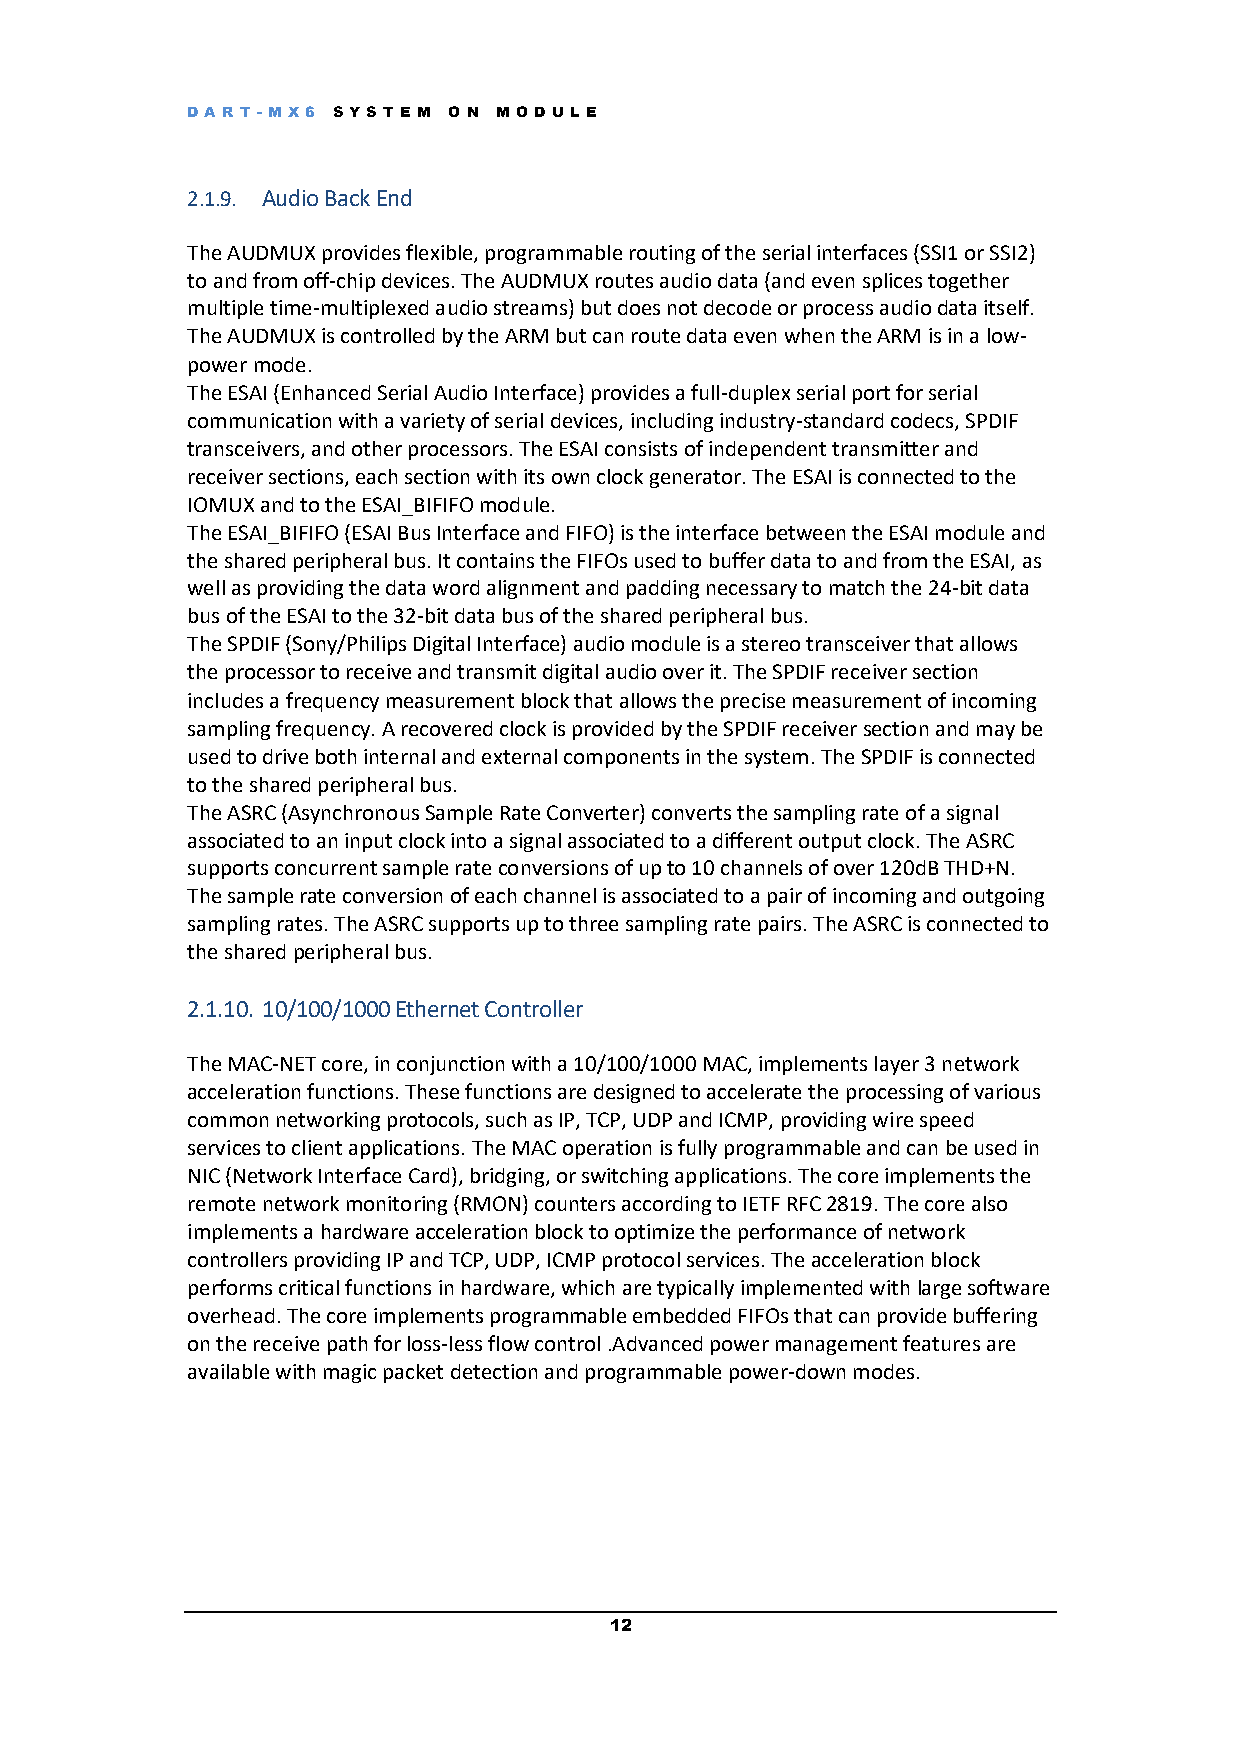
DART -M X6 S YS T E M O N M OD UL E
 2.1.9. Audio Back End
 The AUDMUX provides flexible, programmable routing of the serial interfaces (SSI1 or SSI2)
 to and from off-chip devices. The AUDMUX routes audio data (and even splices together
 multiple time-multiplexed audio streams) but does not decode or process audio data itself.
 The AUDMUX is controlled by the ARM but can route data even when the ARM is in a low-
 power mode.
 The ESAI (Enhanced Serial Audio Interface) provides a full-duplex serial port for serial
 communication with a variety of serial devices, including industry-standard codecs, SPDIF
 transceivers, and other processors. The ESAI consists of independent transmitter and
 receiver sections, each section with its own clock generator. The ESAI is connected to the
 IOMUX and to the ESAI_BIFIFO module.
 The ESAI_BIFIFO (ESAI Bus Interface and FIFO) is the interface between the ESAI module and
 the shared peripheral bus. It contains the FIFOs used to buffer data to and from the ESAI, as
 well as providing the data word alignment and padding necessary to match the 24-bit data
 bus of the ESAI to the 32-bit data bus of the shared peripheral bus.
 The SPDIF (Sony/Philips Digital Interface) audio module is a stereo transceiver that allows
 the processor to receive and transmit digital audio over it. The SPDIF receiver section
 includes a frequency measurement block that allows the precise measurement of incoming
 sampling frequency. A recovered clock is provided by the SPDIF receiver section and may be
 used to drive both internal and external components in the system. The SPDIF is connected
 to the shared peripheral bus.
 The ASRC (Asynchronous Sample Rate Converter) converts the sampling rate of a signal
 associated to an input clock into a signal associated to a different output clock. The ASRC
 supports concurrent sample rate conversions of up to 10 channels of over 120dB THD+N.
 The sample rate conversion of each channel is associated to a pair of incoming and outgoing
 sampling rates. The ASRC supports up to three sampling rate pairs. The ASRC is connected to
 the shared peripheral bus.
 2.1.10. 10/100/1000 Ethernet Controller
 The MAC-NET core, in conjunction with a 10/100/1000 MAC, implements layer 3 network
 acceleration functions. These functions are designed to accelerate the processing of various
 common networking protocols, such as IP, TCP, UDP and ICMP, providing wire speed
 services to client applications. The MAC operation is fully programmable and can be used in
 NIC (Network Interface Card), bridging, or switching applications. The core implements the
 remote network monitoring (RMON) counters according to IETF RFC 2819. The core also
 implements a hardware acceleration block to optimize the performance of network
 controllers providing IP and TCP, UDP, ICMP protocol services. The acceleration block
 performs critical functions in hardware, which are typically implemented with large software
 overhead. The core implements programmable embedded FIFOs that can provide buffering
 on the receive path for loss-less flow control .Advanced power management features are
 available with magic packet detection and programmable power-down modes.
 12